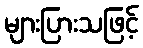
များပြားသဖြင့်